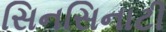
સિનસિનાટી